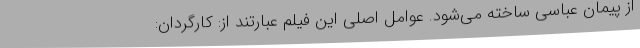
از پیمان عباسی ساخته می‌شود. عوامل اصلی این فیلم عبارتند از: کارگردان: